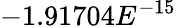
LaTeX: -1.91704E^{-15}